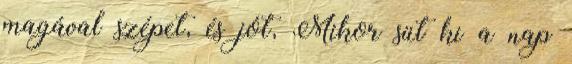
magával szépet, és jót, Mikor süt ki a nap